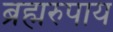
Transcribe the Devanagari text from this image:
ब्रह्मरुपाय